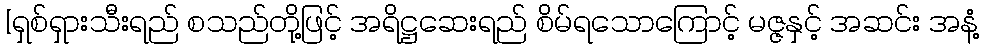
[ရှစ်ရှားသီးရည် စသည်တို့ဖြင့် အရိဋ္ဌဆေးရည် စိမ်ရသောကြောင့် မဇ္ဇနှင့် အဆင်း အနံ့